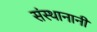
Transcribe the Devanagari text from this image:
संस्थानानी